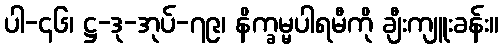
ပါ-၄၆၊ ဋ္ဌ-ဒု-အုပ်-၇၉၊ နိက္ခမ္မပါရမီကို ချီးကျူးခန်း။